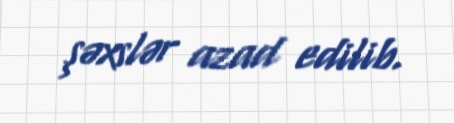
şəxslər azad edilib.